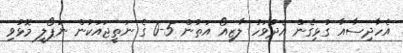
އެހާދިސާއާ ގުޅިގެން އެދުވަހު ލާޒިއޯ އަތުން 5-0 ގެ ނަތީޖައަކުން ނަޕޯލީ މޮޅުވި